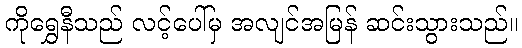
ကိုရွှေနီသည် လင့်ပေါ်မှ အလျင်အမြန် ဆင်းသွားသည်။